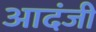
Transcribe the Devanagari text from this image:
आदंजी